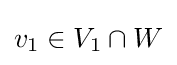
{\textstyle v_{1}\in V_{1}\cap W}